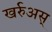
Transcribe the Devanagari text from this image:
खर्रुअस्